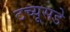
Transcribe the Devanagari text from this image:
टच्यूसडे